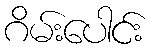
ဂိမ်းပေါင်း